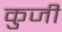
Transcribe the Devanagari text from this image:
कुजी